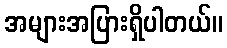
အများအပြားရှိပါတယ်။